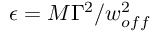
\epsilon = M \Gamma ^ { 2 } / w _ { o f f } ^ { 2 }